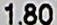
1.80